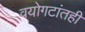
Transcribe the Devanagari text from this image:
वयोगटांतही